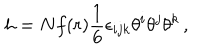
h = N f ( r ) \frac { 1 } { 6 } \epsilon _ { i j k } \theta ^ { i } \theta ^ { j } \theta ^ { k } \, ,